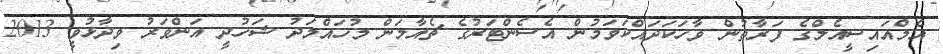
އެމްއައިސީއެލްގެ ފަރާތުން ވާހަކަދައްކަވަމުން އެސެންޓަރުގެ ޗެއާމަން މުހައްމަދު ޝަހުދީ އަންވަރު ވިދާޅުވީ 2013